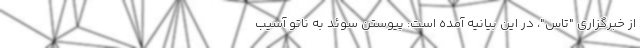
از خبرگزاری "تاس"، در این بیانیه آمده است: پیوستن سوئد به ناتو آسیب